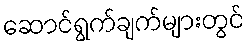
ဆောင်ရွက်ချက်များတွင်